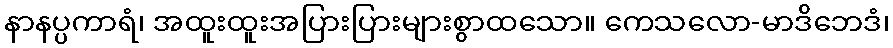
နာနပ္ပကာရံ၊ အထူးထူးအပြားပြားများစွာထသော။ ကေသလော-မာဒိဘေဒံ၊